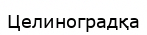
Целиноградқа